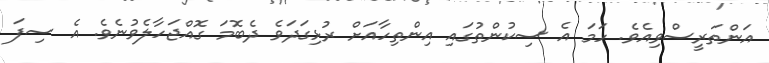
އަންތަރީސްވިއެވެ. ހަމަ އެ ސިކުންތުގައި އިންތިހާއަށް ރުޅިގަދަވެ ދެބޮމަ ގޮއްޖަހާލެވުނެވެ. އެ ސިފަ